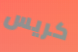
كريس